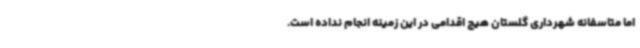
اما متاسفانه شهرداری گلستان هیچ اقدامی در این زمینه انجام نداده است.